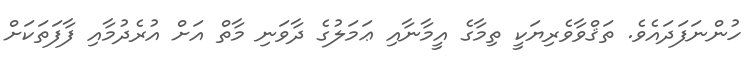
ހުންނަފަދައެވެ. ތަޤްވާވެރިޔަކީ ތިމާގެ އީމާނާއި ޢަމަލުގެ ދާވަނި މާތް އަށް އުރެދުމާއި ފާފަތަކަށް